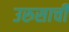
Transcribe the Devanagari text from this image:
उरुसाची